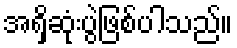
အရှိဆုံးပွဲဖြစ်ပါသည်။